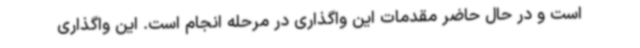
است و در حال حاضر مقدمات این واگذاری در مرحله انجام است. این واگذاری